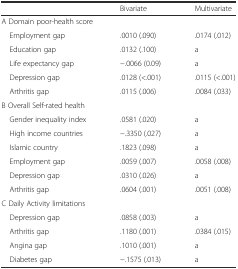
<table><thead><tr><td></td><td><b>Bivariate</b></td><td><b>Multivariate</b></td></tr></thead><tbody><tr><td colspan="3">A Domain poor-health score</td></tr><tr><td> Employment gap</td><td>.0010 (.090)</td><td>.0174 (.012)</td></tr><tr><td> Education gap</td><td>.0132 (.100)</td><td>a</td></tr><tr><td> Life expectancy gap</td><td>−.0066 (0.09)</td><td>a</td></tr><tr><td> Depression gap</td><td>.0128 (&lt;.001)</td><td>.0115 (&lt;.001)</td></tr><tr><td> Arthritis gap</td><td>.0115 (.006)</td><td>.0084 (.033)</td></tr><tr><td colspan="3">B Overall Self-rated health</td></tr><tr><td> Gender inequality index</td><td>.0581 (.020)</td><td>a</td></tr><tr><td> High income countries</td><td>−.3350 (.027)</td><td>a</td></tr><tr><td> Islamic country</td><td>.1823 (.098)</td><td>a</td></tr><tr><td> Employment gap</td><td>.0059 (.007)</td><td>.0058 (.008)</td></tr><tr><td> Depression gap</td><td>.0310 (.026)</td><td>a</td></tr><tr><td> Arthritis gap</td><td>.0604 (.001)</td><td>.0051 (.008)</td></tr><tr><td colspan="3">C Daily Activity limitations</td></tr><tr><td> Depression gap</td><td>.0858 (.003)</td><td>a</td></tr><tr><td> Arthritis gap</td><td>.1180 (.001)</td><td>.0384 (.015)</td></tr><tr><td> Angina gap</td><td>.1010 (.001)</td><td>a</td></tr><tr><td> Diabetes gap</td><td>−.1575 (.013)</td><td>a</td></tr></tbody></table>